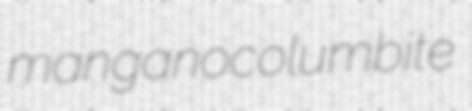
manganocolumbite